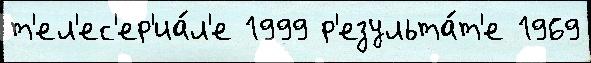
т'ел'ес'ер'иа́л'е 1999 р'езульта́т'е 1969